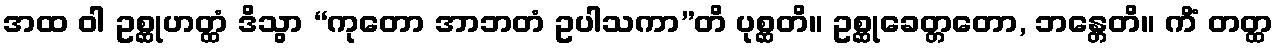
အထ ဝါ ဥစ္ဆုဟတ္ထံ ဒိသွာ “ကုတော အာဘတံ ဥပါသကာ”တိ ပုစ္ဆတိ။ ဥစ္ဆုခေတ္တတော, ဘန္တေတိ။ ကိံ တတ္ထ